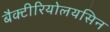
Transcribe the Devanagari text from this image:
बैक्टीरियोलयसिन